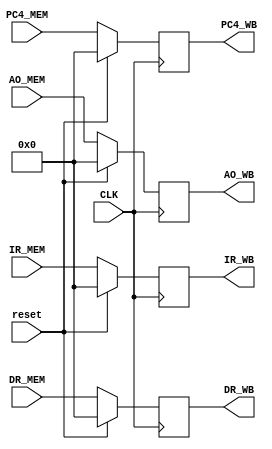
`timescale 1ns / 1ps
//////////////////////////////////////////////////////////////////////////////////
// Company: 
// Engineer: 
// 
// Design Name: 
// Module Name:    regMEMWB 
// Project Name: 
// Target Devices: 
// Tool versions: 
// Description: 
//
// Dependencies: 
//
// Revision: 
// Revision 0.01 - File Created
// Additional Comments: 
//
//////////////////////////////////////////////////////////////////////////////////
module regMEMWB(
    input CLK,
	input reset,
    input [31:0] IR_MEM,
    input [31:0] PC4_MEM,
    input [31:0] AO_MEM,
    input [31:0] DR_MEM,
    output reg [31:0] IR_WB,
    output reg [31:0] PC4_WB,
    output reg [31 :0] AO_WB,
    output reg [31:0] DR_WB
    );
	 // 
	 initial begin
		IR_WB = 0;
		PC4_WB = 0;
		AO_WB=0;
		DR_WB = 0 ;
	 end
	 
	 // 
	always @(posedge CLK)begin
		if(reset)begin
			IR_WB <= 0;
			PC4_WB <= 0;
			AO_WB <= 0;
			DR_WB <= 0 ;
		end else begin
			IR_WB <= IR_MEM;
			PC4_WB <= PC4_MEM;
			AO_WB <= AO_MEM;
			DR_WB <= DR_MEM;
		end

	end

endmodule